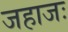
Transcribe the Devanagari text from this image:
जहाजः